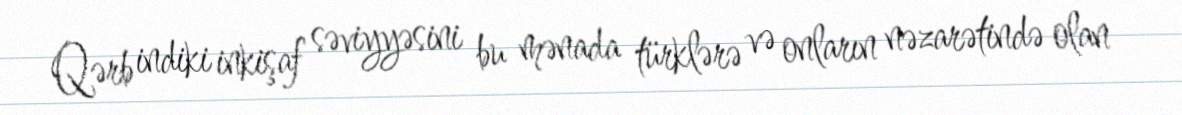
Qərb indiki inkişaf səviyyəsini bu mənada türklərə və onların nəzarətində olan